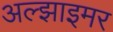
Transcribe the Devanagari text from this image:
अल्‍झाइमर